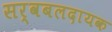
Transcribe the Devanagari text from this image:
सर्वबलदायक